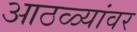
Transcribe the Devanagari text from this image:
आठळ्यांवर